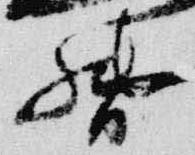
督